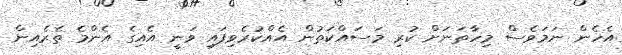
އެހެން ނަމަވެސް މިހާތަނަށް ކުރި މަސައްކަތުން އެއްކުރެވިފައި ވަނީ އެއިގެ އެންމެ ތެރެއިން